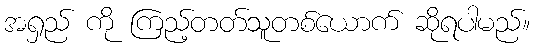
အရှည် ကို ကြည့်တတ်သူတစ်ယောက် ဆိုရပါမည်။